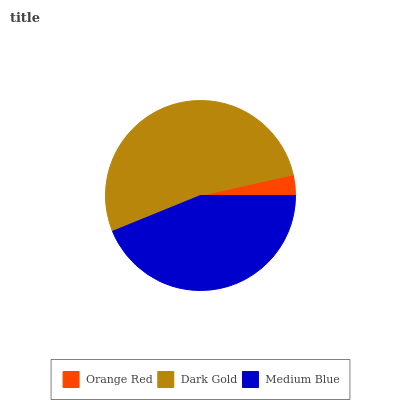
| Orange Red | Dark Gold | Medium Blue |
 | --- | --- | --- |
 | 3.51% | 52.6% | 43.9% |